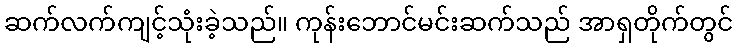
ဆက်လက်ကျင့်သုံးခဲ့သည်။ ကုန်းဘောင်မင်းဆက်သည် အာရှတိုက်တွင်